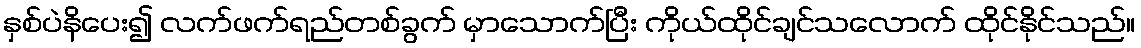
နှစ်ပဲနိပေး၍ လက်ဖက်ရည်တစ်ခွက် မှာသောက်ပြီး ကိုယ်ထိုင်ချင်သလောက် ထိုင်နိုင်သည်။